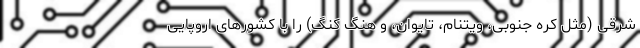
شرقی (مثل کره جنوبی، ویتنام، تایوان، و هنگ کنگ) را با کشورهای اروپایی